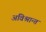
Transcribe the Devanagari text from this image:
अविश्रान्त